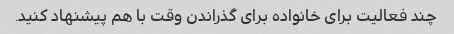
چند فعالیت برای خانواده برای گذراندن وقت با هم پیشنهاد کنید.